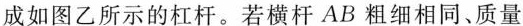
成如图乙所示的杠杆。若横杆AB粗细相同、质量